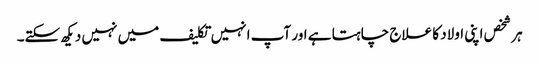
ہر شخص اپنی اولاد کا علاج چاہتا ہے اور آپ انہیں تکلیف میں نہیں دیکھ سکتے۔